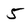
Character: 5